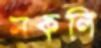
নকলি